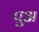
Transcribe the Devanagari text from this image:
पुअ